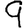
Digit: 9